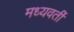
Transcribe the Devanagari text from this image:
मध्‍यवर्ती